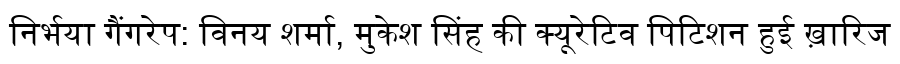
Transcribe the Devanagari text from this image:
निर्भया गैंगरेप: विनय शर्मा, मुकेश सिंह की क्यूरेटिव पिटिशन हुई ख़ारिज